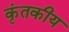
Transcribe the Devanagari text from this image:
कृंतकीय